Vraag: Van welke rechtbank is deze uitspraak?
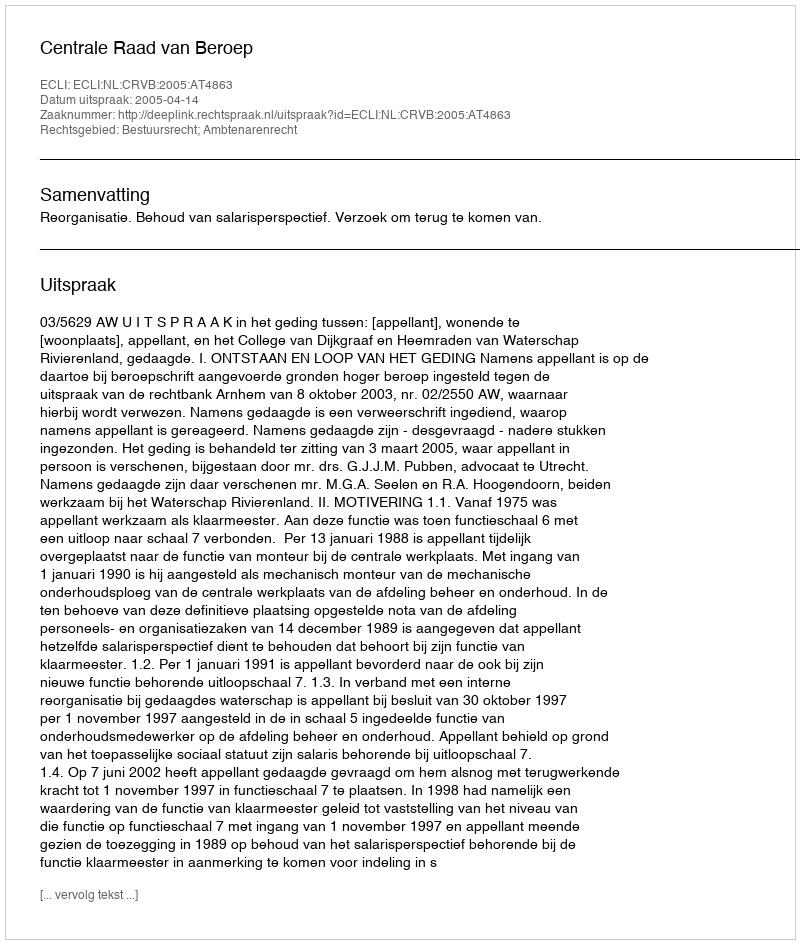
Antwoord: Centrale Raad van Beroep